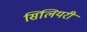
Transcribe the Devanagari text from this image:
सिलियरी